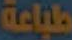
طباعة